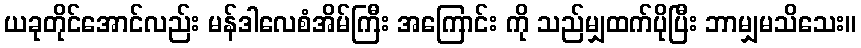
ယခုတိုင်အောင်လည်း မန်ဒါလေစံအိမ်ကြီး အကြောင်း ကို သည်မျှထက်ပိုပြီး ဘာမျှမသိသေး။